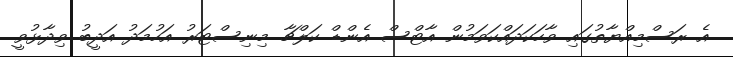
އެ ރަސްމިއްޔާތުގައި ވާހަކަދައްކަވަމުން އާޓްސް އެންޑް ކަލްޗާ މިނިސްޓަރު އަހުމަދު އަދީބު ވިދާޅުވީ